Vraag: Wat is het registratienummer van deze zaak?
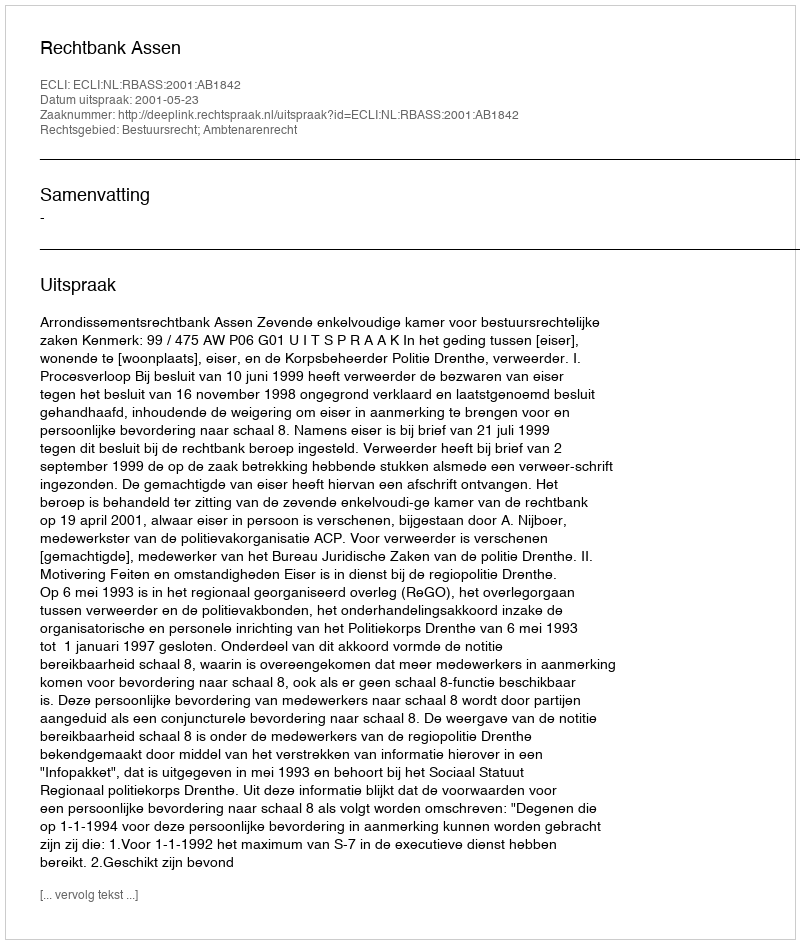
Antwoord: http://deeplink.rechtspraak.nl/uitspraak?id=ECLI:NL:RBASS:2001:AB1842